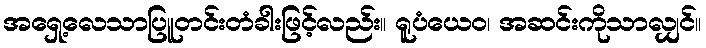
အရှေ့လေသာပြူတင်းတံခါးဖြင့်လည်း။ ရူပံယေဝ၊ အဆင်းကိုသာလျှင်။